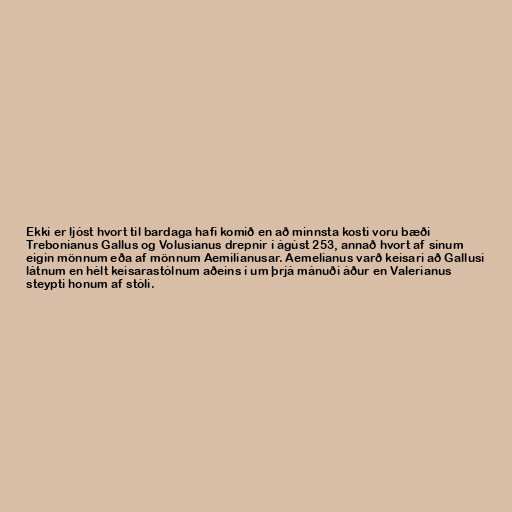
Ekki er ljóst hvort til bardaga hafi komið en að minnsta kosti voru bæði
Trebonianus Gallus og Volusianus drepnir í ágúst 253, annað hvort af sínum
eigin mönnum eða af mönnum Aemilianusar. Aemelianus varð keisari að Gallusi
látnum en hélt keisarastólnum aðeins í um þrjá mánuði áður en Valerianus
steypti honum af stóli.